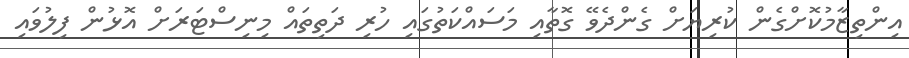
އިންތިޒާމުކޮށްގެން ކުރިޔަށް ގެންދެވޭ ގޮތާއި މަސައްކަތުގައި ހުރި ދަތިތައް މިނިސްޓަރަށް އޮޅުން ފިލުވައި